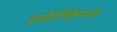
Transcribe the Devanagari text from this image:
कॉम्प्लियंस